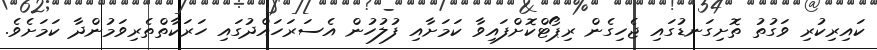
ކައިރިކުރި ވަގުތު ތޮށިގަނޑުގައި ޖެހިގެން ރިޕޯޓްކޮށްފައިވާ ކަމަށާއި ފުލުހުން އެސަރަހައްދުގައި ހަރަކާތްތެރިވަމުންދާ ކަމަށެވެ.